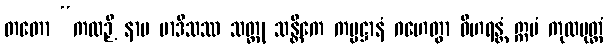
တတော “ကထဉှိ နာမ မာဒိသဿ သတ္ထု သန္တိကေ ကမ္မဋ္ဌာနံ ဂဟေတွာ ဝိဟရန္တံ ဣမံ ကုလပုတ္တံ